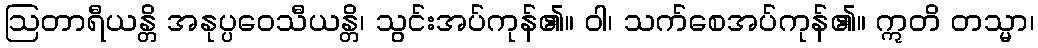
ဩတာရီယန္တိ အနုပ္ပဝေသီယန္တိ၊ သွင်းအပ်ကုန်၏။ ဝါ၊ သက်စေအပ်ကုန်၏။ ဣတိ တသ္မာ၊